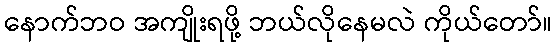
နောက်ဘဝ အကျိုးရဖို့ ဘယ်လိုနေမလဲ ကိုယ်တော်။